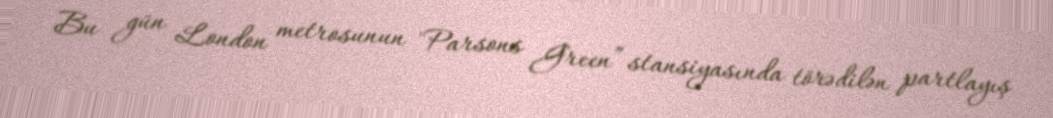
Bu gün London metrosunun "Parsons Green” stansiyasında törədilən partlayış